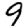
Digit: 9